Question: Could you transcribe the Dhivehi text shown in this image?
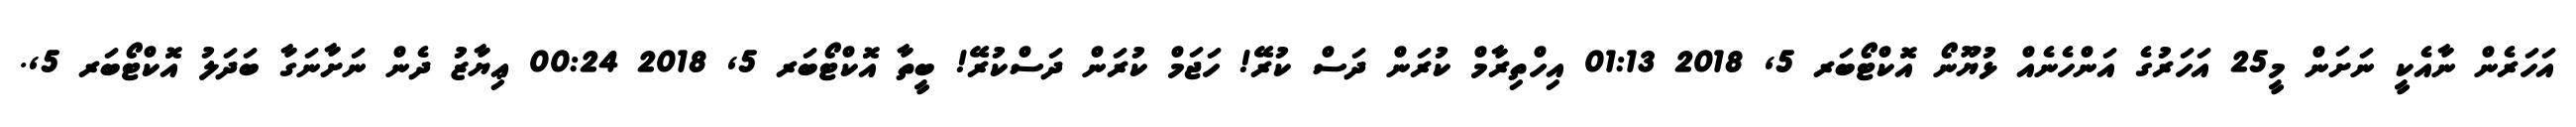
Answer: އަހަރެން ނާއެކީ ނަށަން މީ25 އަހަރުގެ އަންހެނެއް ޅުޔޫނޯ އޮކްޓޯބަރ 5, 2018 01:13 އިހްތިރާމް ކުރަން ދަސް ކުރޭ! ހަޖަމް ކުރަން ދަސްކުރޭ! ބީތާ އޮކްޓޯބަރ 5, 2018 00:24 ޢިޔާޒު ދެން ނަށާނަގާ ބަދަލު އޮކްޓޯބަރ 5,.